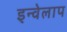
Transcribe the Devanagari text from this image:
इन्वेलाप